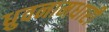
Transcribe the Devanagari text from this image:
ध्रुवनामधारी